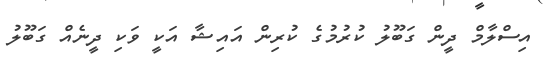
އިސްލާމް ދީން ގަބޫލު ކުރުމުގެ ކުރިން އައިޝާ އަކީ ވަކި ދީނެއް ގަބޫލު